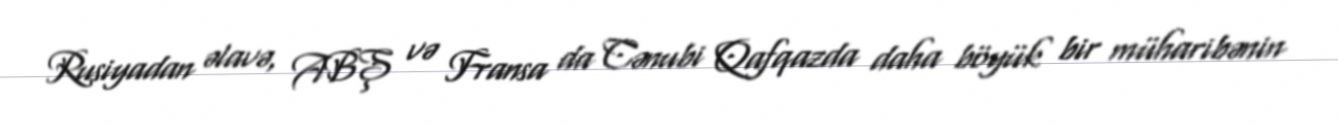
Rusiyadan əlavə, ABŞ və Fransa da Cənubi Qafqazda daha böyük bir müharibənin